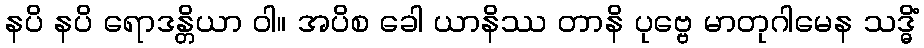
နပိ နပိ ရောဒန္တိယာ ဝါ။ အပိစ ခေါ ယာနိဿ တာနိ ပုဗ္ဗေ မာတုဂါမေန သဒ္ဓိံ